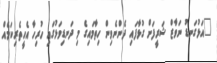
"އަޅުގަނޑު ނަވާޒް ޝަރީފަށް ގުޅާފައި ދެންނެވިން ހިތާމައިގެ މި ދަނޑިވަޅުގައި ހުރިހާ އެހީތެރިކަމެއް